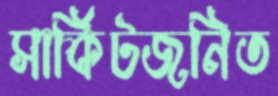
সার্কিটজনিত